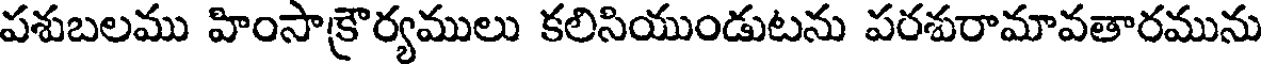
పశుబలము హింసాక్రౌర్యములు కలిసియుండుటను పరశురామావతారమును